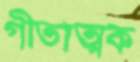
গীতাত্মক